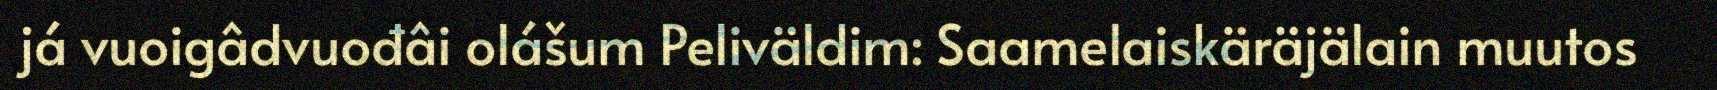
já vuoigâdvuođâi olášum Peliväldim: Saamelaiskäräjälain muutos